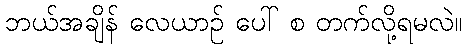
ဘယ်အချိန် လေယာဉ် ပေါ် စ တက်လို့ရမလဲ။